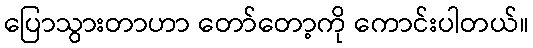
ပြောသွားတာဟာ တော်တော့ကို ကောင်းပါတယ်။